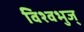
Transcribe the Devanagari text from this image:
विश्वभुज्‌